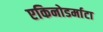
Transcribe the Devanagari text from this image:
एकिनोडर्माटा